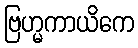
ဗြဟ္မကာယိကေ